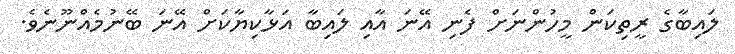
ލައިބާގެ ރީތިކަން މީހުންނަށް ފެނި އޭނަ އާއި ލައިބާ އަޅާކިޔާކަށް އޭނަ ބޭނުމެއްނޫނެވެ.